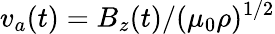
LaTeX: v_{a}(t)=B_{z}(t)/(\mu_{0}\rho)^{1/2}